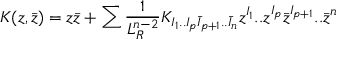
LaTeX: K ( z , \bar { z } ) = z \bar { z } + \sum { \frac { 1 } { L _ { R } ^ { n - 2 } } } K _ { I _ { 1 } . . I _ { p } \bar { I } _ { p + 1 } . . \bar { I } _ { n } } z ^ { I _ { 1 } } . . z ^ { I _ { p } } \bar { z } ^ { I _ { p + 1 } } . . \bar { z } ^ { n }